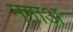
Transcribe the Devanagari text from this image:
मगाअ